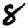
Digit: 8